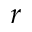
r